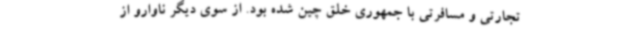
تجارتی و مسافرتی با جمهوری خلق چین شده بود. از سوی دیگر ناوارو از